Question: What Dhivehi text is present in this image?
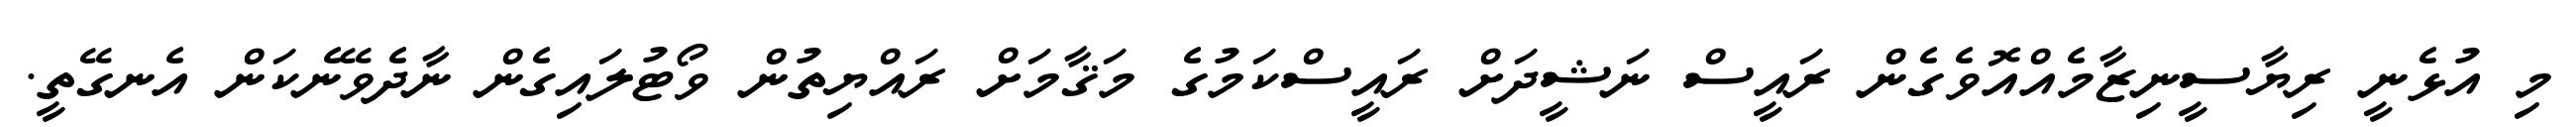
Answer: މި އުޅެނީ ރިޔާސީނިޒާމެއްއޮވެގެން ރައީސް ނަޝީދަށް ރައީސްކަމުގެ މަޤާމަށް ރައްޔިތުން ވޯޓުލައިގެން ނާދެވޭނެކަން އެނގޭތީ.